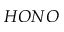
H O N O